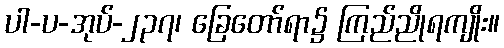
ပါ-ပ-အုပ်-၂၃၇၊ ခြေတော်ရာ၌ ကြည်ညိုရကျိုး။